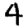
Digit: 4